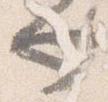
也